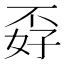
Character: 孬